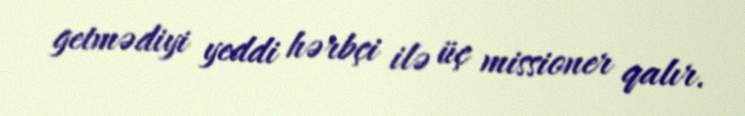
getmədiyi yeddi hərbçi ilə üç missioner qalır.